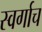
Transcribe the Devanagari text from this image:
स्वर्गाच